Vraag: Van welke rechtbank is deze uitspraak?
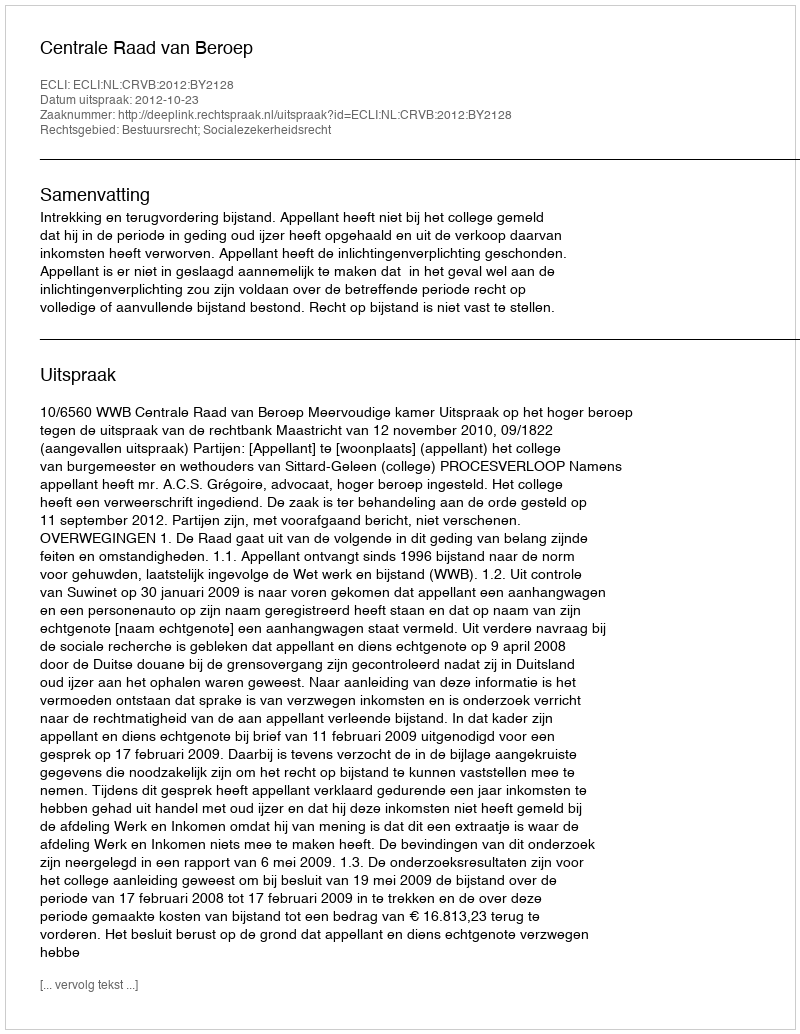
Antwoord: Centrale Raad van Beroep